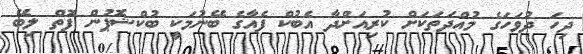
ދިހަ ދުވަހަގެ މުއްދަތަކަށް ކުރިއަށްދާ އެބުކް ފެއާގެ ބޭނުމަކީ ބުކްޝޮޕުން ފޮތް ލިބޭ